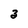
Character: 3